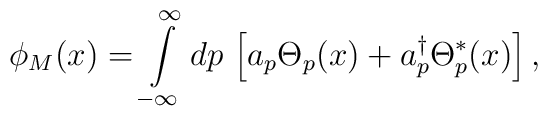
\phi_M(x)=\int\limits_{-\infty}^{\infty} dp\,\left[a_{p}\Theta_{p}(x)+a_{p}^{\dag}\Theta_{p}^{*}(x)\right],